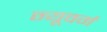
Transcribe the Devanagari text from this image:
न्यूवर्ग